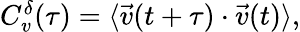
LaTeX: \begin{array}{r}{C_{v}^{\delta}(\tau)=\langle\vec{v}(t+\tau)\cdot\vec{v}(t)\rangle,}\end{array}